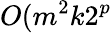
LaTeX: O(m^{2}k2^{p}